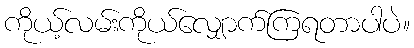
ကိုယ့်လမ်းကိုယ်လျှောက်ကြရတာပါပဲ။